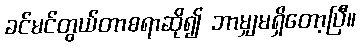
ခင်မင်တွယ်တာစရာဆို၍ ဘာမျှမရှိတော့ပြီ။